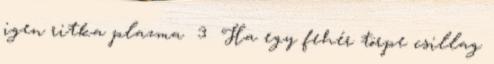
igen ritka plazma 3 Ha egy fehér törpe csillag